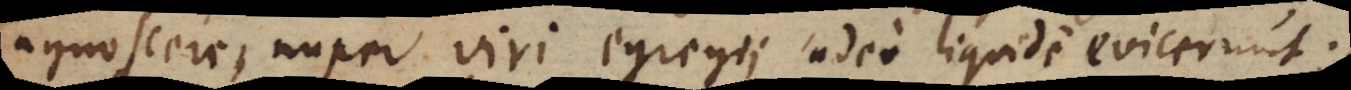
agnoscere, nuper viri egregii adeo liquide evicerunt;